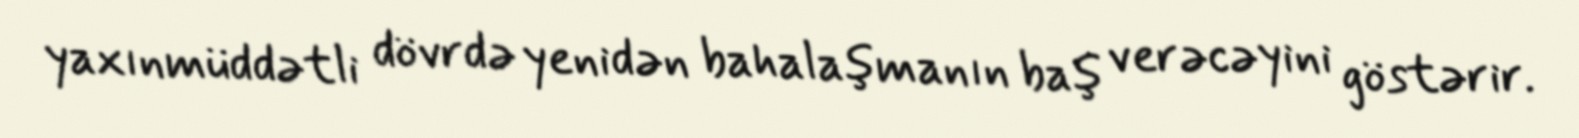
yaxınmüddətli dövrdə yenidən bahalaşmanın baş verəcəyini göstərir.